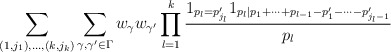
\begin{align*}\sum_{(1,j_1),\dots,(k,j_k)} \sum_{\gamma,\gamma' \in \Gamma} w_\gamma w_{\gamma'} \prod_{l=1}^k \frac{1_{p_l = p'_{j_l}} 1_{p_l | p_1 + \dots + p_{l-1} - p'_1 - \dots - p'_{j_l-1}}}{p_l}\end{align*}